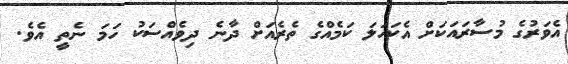
އެވަރުގެ މުސާރައަކަށް އެކަހަލަ ކަމެއްގެ ތެރެއަށް ދާނެ ދިވެއްސަކު ހަމަ ނެތީ އެވެ.